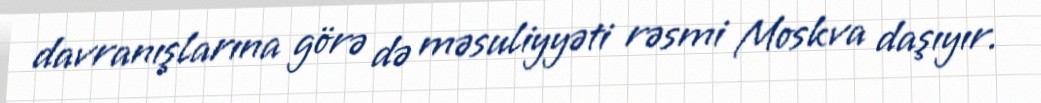
davranışlarına görə də məsuliyyəti rəsmi Moskva daşıyır.